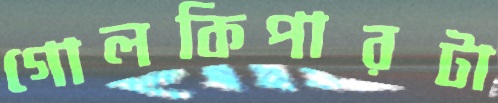
গোলকিপারটা